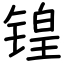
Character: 锽